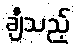
ချီသည့်